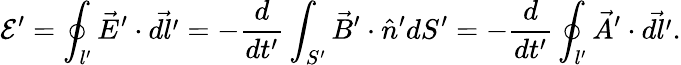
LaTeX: \mathcal E^{\prime}=\oint_{l^{\prime}}\vec{E}^{\prime}\cdot\vec{dl^{\prime}}=-\frac{d}{dt^{\prime}}\int_{S^{\prime}}\vec{B}^{\prime}\cdot\hat{n}^{\prime}dS^{\prime}=-\frac{d}{dt^{\prime}}\oint_{l^{\prime}}\vec{A}^{\prime}\cdot\vec{dl^{\prime}}.